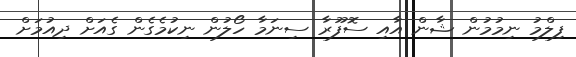
ފިލްމު ނިމުމުން ޝާން އާއި ސޮފޫރާ ސިނަމާ ހޯލުން ނިކުމެގެން ގެއަށް ދިއުމަށް